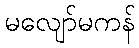
မလျော်မကန်